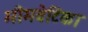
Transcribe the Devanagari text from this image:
भीमवेटिका